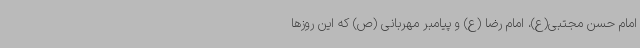
امام حسن مجتبی(ع)، امام رضا (ع) و پیامبر مهربانی (ص) که این روزها